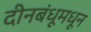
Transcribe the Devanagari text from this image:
दीनबंधूमधून